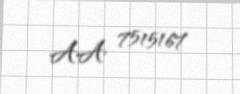
AA 7515167